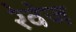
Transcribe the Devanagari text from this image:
रेवेज